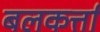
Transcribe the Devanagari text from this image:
बलकर्त्ता